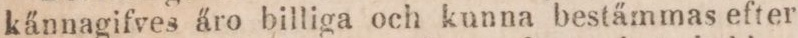
kännagifves äro billiga och kunna bestämmas efter